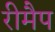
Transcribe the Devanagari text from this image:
रीमैप